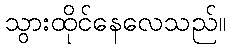
သွားထိုင်နေလေသည်။